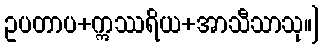
ဥပတာပ+ဣဿရိယ+အာသီသာသု။]